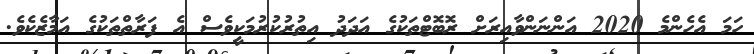
ހަމަ އެހެންމެ 2020 އަންނަންވާއިރަށް ރޮބޮޓްތަކުގެ އަދަދު އިތުރުކުރުމަކީވެސް އެ ފަރާތްތަކުގެ އަމާޒެކެވެ.